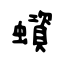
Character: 蠀